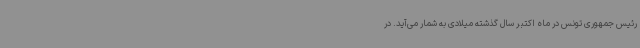
رئیس جمهوری تونس در ماه اکتبر سال گذشته میلادی به شمار می‌آید. در